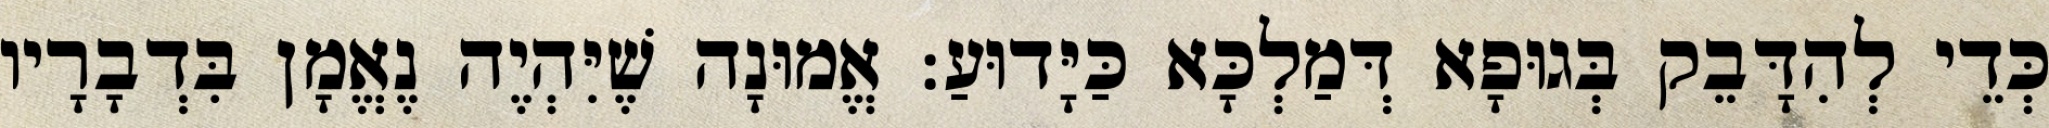
כְּדֵי לְהִדָּבֵק בְּגוּפָא דְּמַלְכָּא כַּיָּדוּעַ: אֱמוּנָה שֶׁיִּהְיֶה נֶאֱמָן בִּדְבָרָיו